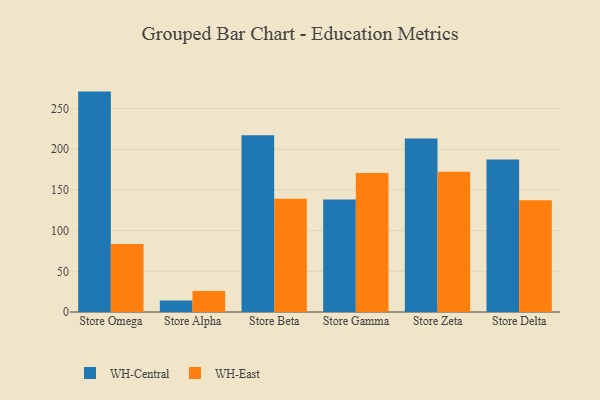
{"axis": {"x": "Store", "y": "Website Visitors"}, "legend": ["WH-Central", "WH-East"], "data": [{"x": "Store Omega", "y": 270.9, "type": "WH-Central"}, {"x": "Store Omega", "y": 83.7, "type": "WH-East"}, {"x": "Store Alpha", "y": 14.0, "type": "WH-Central"}, {"x": "Store Alpha", "y": 25.9, "type": "WH-East"}, {"x": "Store Beta", "y": 217.3, "type": "WH-Central"}, {"x": "Store Beta", "y": 139.3, "type": "WH-East"}, {"x": "Store Gamma", "y": 138.2, "type": "WH-Central"}, {"x": "Store Gamma", "y": 170.9, "type": "WH-East"}, {"x": "Store Zeta", "y": 213.3, "type": "WH-Central"}, {"x": "Store Zeta", "y": 172.4, "type": "WH-East"}, {"x": "Store Delta", "y": 187.4, "type": "WH-Central"}, {"x": "Store Delta", "y": 137.5, "type": "WH-East"}]}